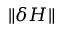
\Vert \delta H \Vert